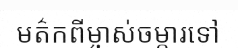
មត៌កពីម្ចាស់ចម្ការទៅ